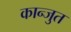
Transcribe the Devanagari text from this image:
कान्जुत